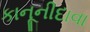
કાનૂનીદાવા